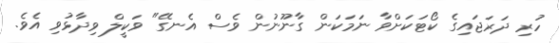
ހުރި ދަރަޖައިގެ ކޯޓަކަށްވާ ނަމަކަން ގާނޫނުން ވެސް އެނގޭ" ވަކީލް ވިދާޅުވި އެވެ.